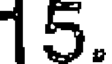
15.